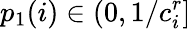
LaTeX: p_{1}(i)\in(0,1/c_{i}^{r}]